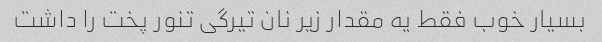
بسیار خوب فقط یه مقدار زیر نان تیرگی تنور پخت را داشت